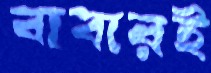
বাবারই